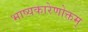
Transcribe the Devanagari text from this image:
भाष्यकारेणोक्तम्